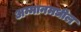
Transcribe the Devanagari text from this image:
अम्मानमधील